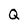
Character: Q